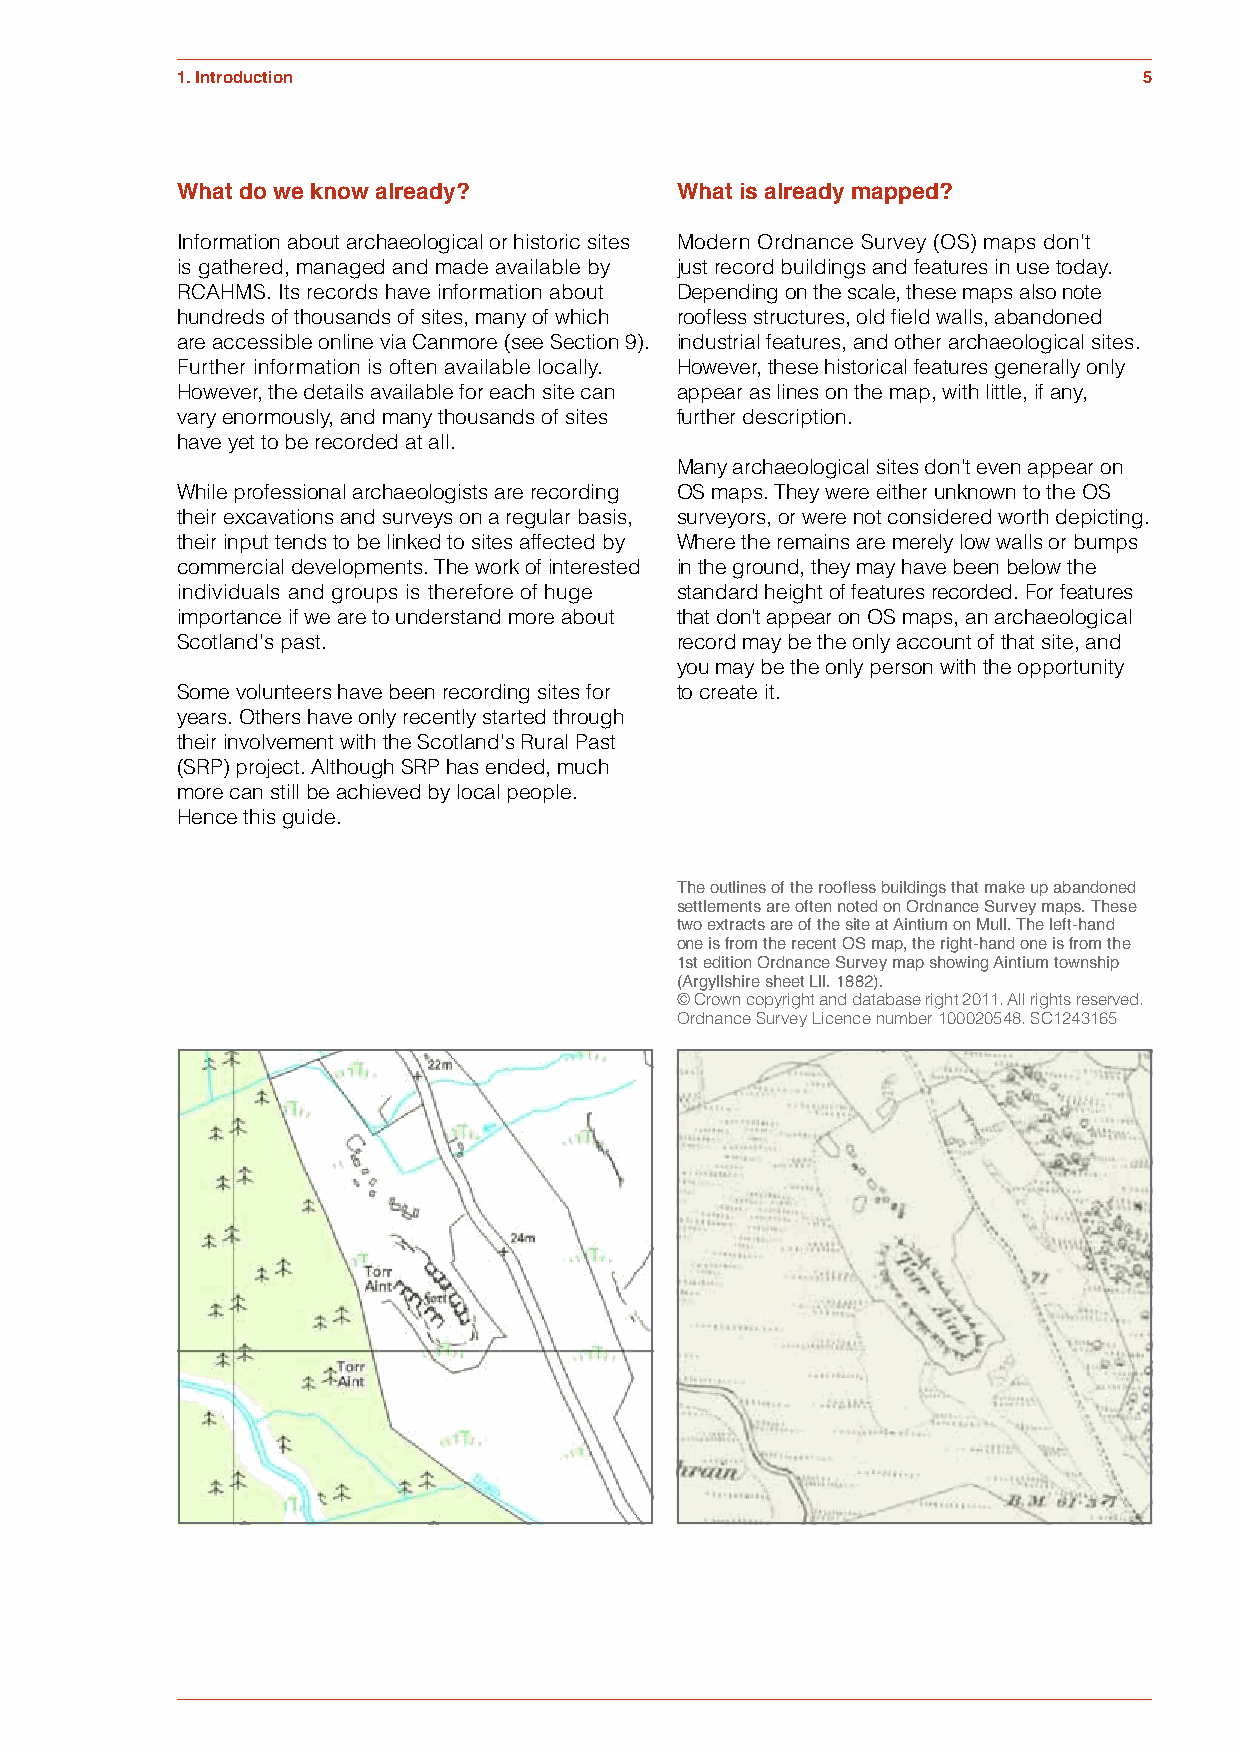
Figure 1.4
 1. Introduction                                                 5
 What do we know already?         What is already mapped?
 Information about archaeological or historic sites Modern Ordnance Survey (OS) maps don’t
 is gathered, managed and made available by just record buildings and features in use today.
 RCAHMS. Its records have information about Depending on the scale, these maps also note
 hundreds of thousands of sites, many of which roofless structures, old field walls, abandoned
 are accessible online via Canmore (see Section 9). industrial features, and other archaeological sites.
 Further information is often available locally. However, these historical features generally only
 However, the details available for each site can appear as lines on the map, with little, if any,
 vary enormously, and many thousands of sites further description.
 have yet to be recorded at all.
 Many archaeological sites don’t even appear on
 While professional archaeologists are recording OS maps. They were either unknown to the OS
 their excavations and surveys on a regular basis, surveyors, or were not considered worth depicting.
 their input tends to be linked to sites affected by Where the remains are merely low walls or bumps
 commercial developments. The work of interested in the ground, they may have been below the
 individuals and groups is therefore of huge standard height of features recorded. For features
 importance if we are to understand more about that don’t appear on OS maps, an archaeological
 Scotland's past.                 record may be the only account of that site, and
 you may be the only person with the opportunity
 Some volunteers have been recording sites for to create it.
 years. Others have only recently started through
 their involvement with the Scotland's Rural Past
 Figure 1.4  (SRP) project. Although SRP has ended, much
 more can still be achieved by local people.
 Hence this guide.
 The outlines of the roofless buildings that make up abandoned
 settlements are often noted on Ordnance Survey maps. These
 two extracts are of the site at Aintium on Mull. The left-hand
 one is from the recent OS map, the right-hand one is from the
 1st edition Ordnance Survey map showing Aintium township
 (Argyllshire sheet Lll. 1882).
 © Crown copyright and database right 2011. All rights reserved.
 Ordnance Survey Licence number 100020548. SC1243165